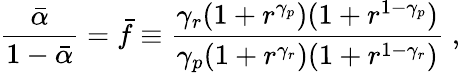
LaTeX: \frac{\bar{\alpha}}{1-\bar{\alpha}}=\bar{f}\equiv\frac{\gamma_{r}(1+r^{\gamma_{p}})(1+r^{1-\gamma_{p}})}{\gamma_{p}(1+r^{\gamma_{r}})(1+r^{1-\gamma_{r}})}\; ,